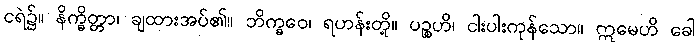
ငရဲ၌။ နိက္ခိတ္တာ၊ ချထားအပ်၏။ ဘိက္ခဝေ၊ ရဟန်းတို့။ ပဉ္စဟိ၊ ငါးပါးကုန်သော။ ဣမေဟိ ခေါ